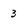
Character: 3